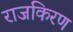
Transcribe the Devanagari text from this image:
राजकिरण